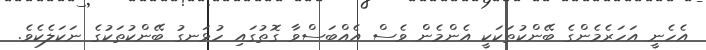
އެހެނީ އަހަރެމެންގެ ބޭންކުތަކަކީ އެންމެން ވެސް އެއްބަސްވާ ގޮތުގައި ހުޅަނގު ބޭންކުތަކުގެ ނަކަލެކެވެ.